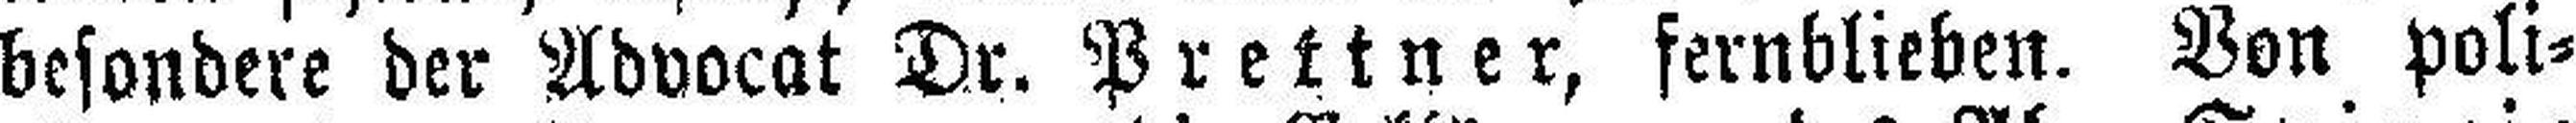
besondere der Advocat Dr. Prettner, fernblieben. Von poli¬